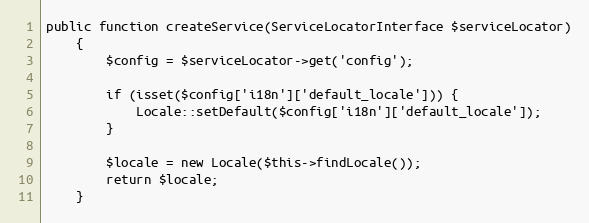
Language: PHP
public function createService(ServiceLocatorInterface $serviceLocator)
    {
        $config = $serviceLocator->get('config');

        if (isset($config['i18n']['default_locale'])) {
            Locale::setDefault($config['i18n']['default_locale']);
        }

        $locale = new Locale($this->findLocale());
        return $locale;
    }